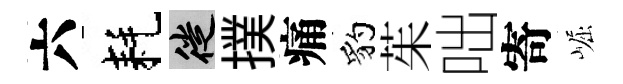
六耗徙撲痛豹茱咄寄崛